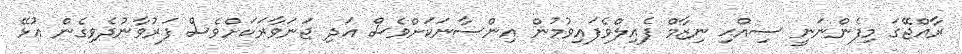
ރާއްޖޭގަ މިފެންނަނީ ސިއްޙި ނިޒާމް ފެއިލްވެފައިވުމުން އިންސާނަކަށްވެސް އަދި ޖަނަވާރަކަށްވެސް ފަރުވާނުދެވިގެން އުޅޭ